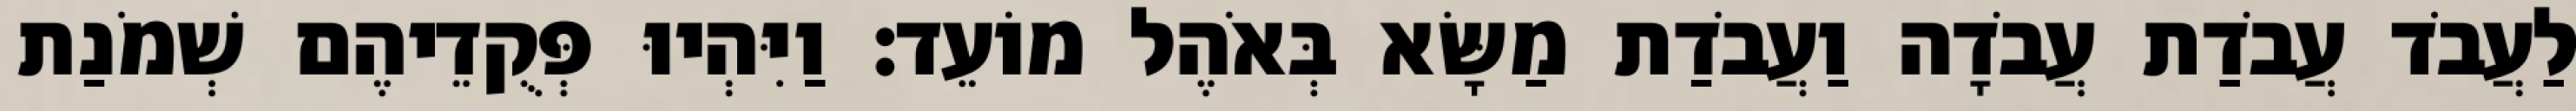
לַעֲבֹד עֲבֹדַת עֲבֹדָה וַעֲבֹדַת מַשָּׂא בְּאֹהֶל מוֹעֵד׃ וַיִּהְיוּ פְּקֻדֵיהֶם שְׁמֹנַת